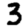
Digit: 3